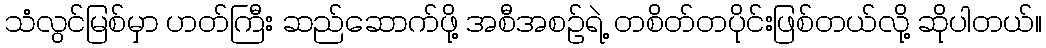
သံလွင်မြစ်မှာ ဟတ်ကြီး ဆည်ဆောက်ဖို့ အစီအစဉ်ရဲ့ တစိတ်တပိုင်းဖြစ်တယ်လို့ ဆိုပါတယ်။